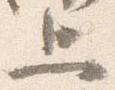
上